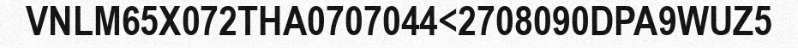
VNLM65X072THA0707044<2708090DPA9WUZ5